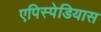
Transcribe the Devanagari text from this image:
एपिस्पेडियास